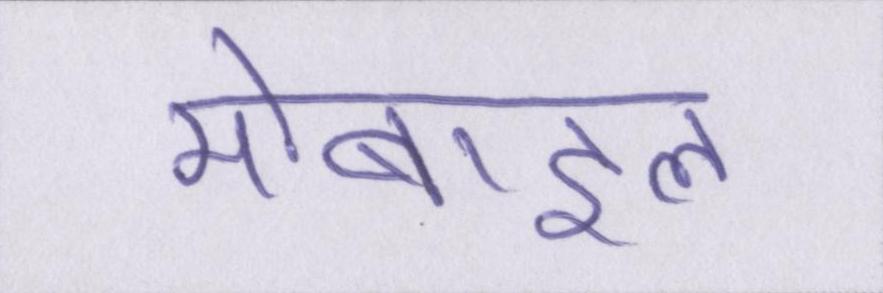
मोबाइल